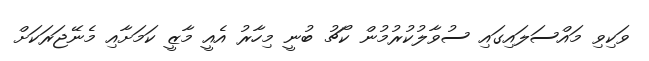
ވަކިވި މައްސަލައިގައި ސުވާލުކުރުމުން ކޯޗު ބުނީ މިހާރު އެއީ މާޒީ ކަމަށާއި މެނޭޖަރަކަށް